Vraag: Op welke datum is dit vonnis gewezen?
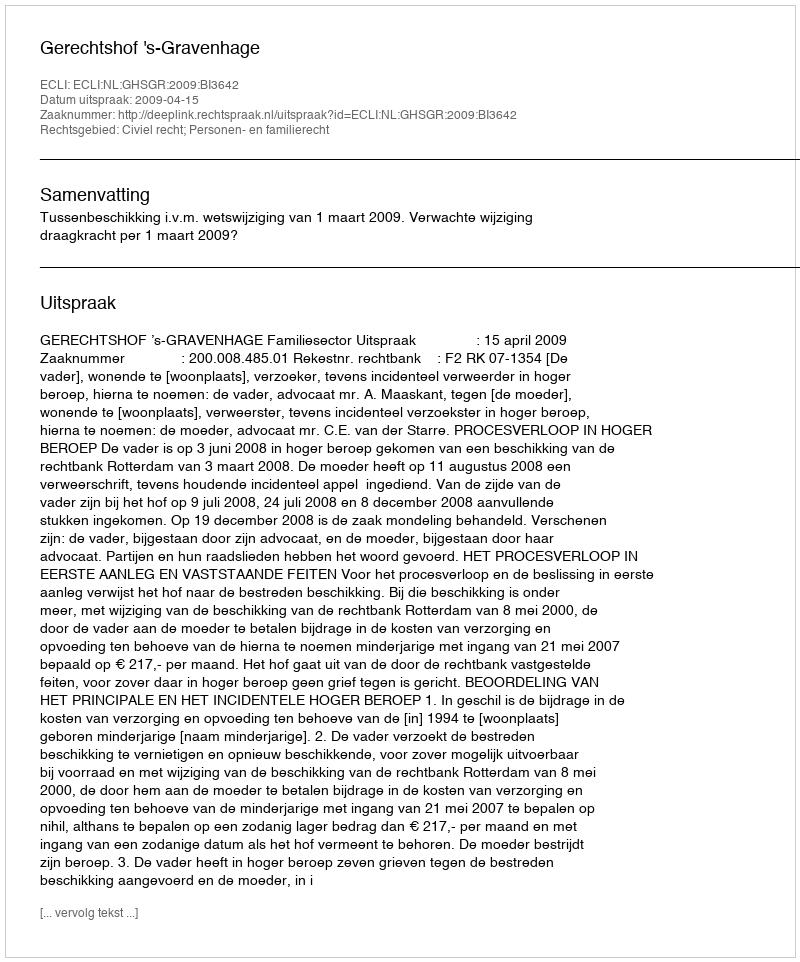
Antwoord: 2009-04-15